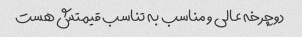
دوچرخه عالی و مناسب به تناسب قیمتش هست